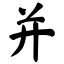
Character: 并